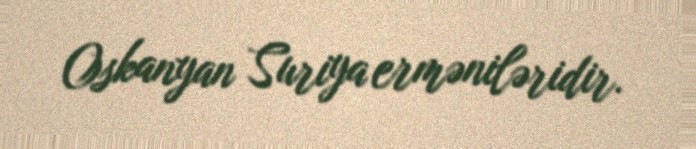
Oskanyan Suriya erməniləridir.